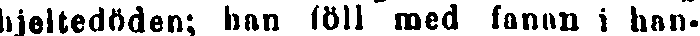
hjeltedödon; han föll med fanan i han-